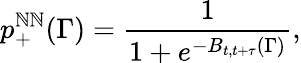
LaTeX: p_{+}^{\mathbb{N}\mathbb{N}}(\Gamma)=\frac{{1}}{{1+e^{-B_{t,t+\tau}(\Gamma)}}},